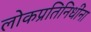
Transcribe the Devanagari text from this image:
लोकप्रतिनिधींना